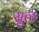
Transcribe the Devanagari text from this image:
सुळ